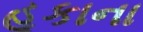
હૂકાના